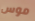
موس